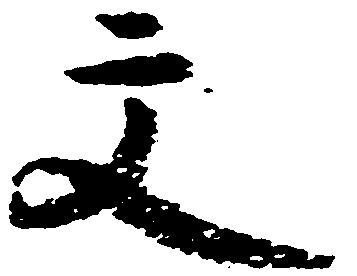
文